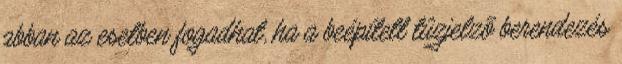
abban az esetben fogadhat, ha a beépített tûzjelzõ berendezés